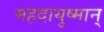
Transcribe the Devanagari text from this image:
महदायुष्मान्